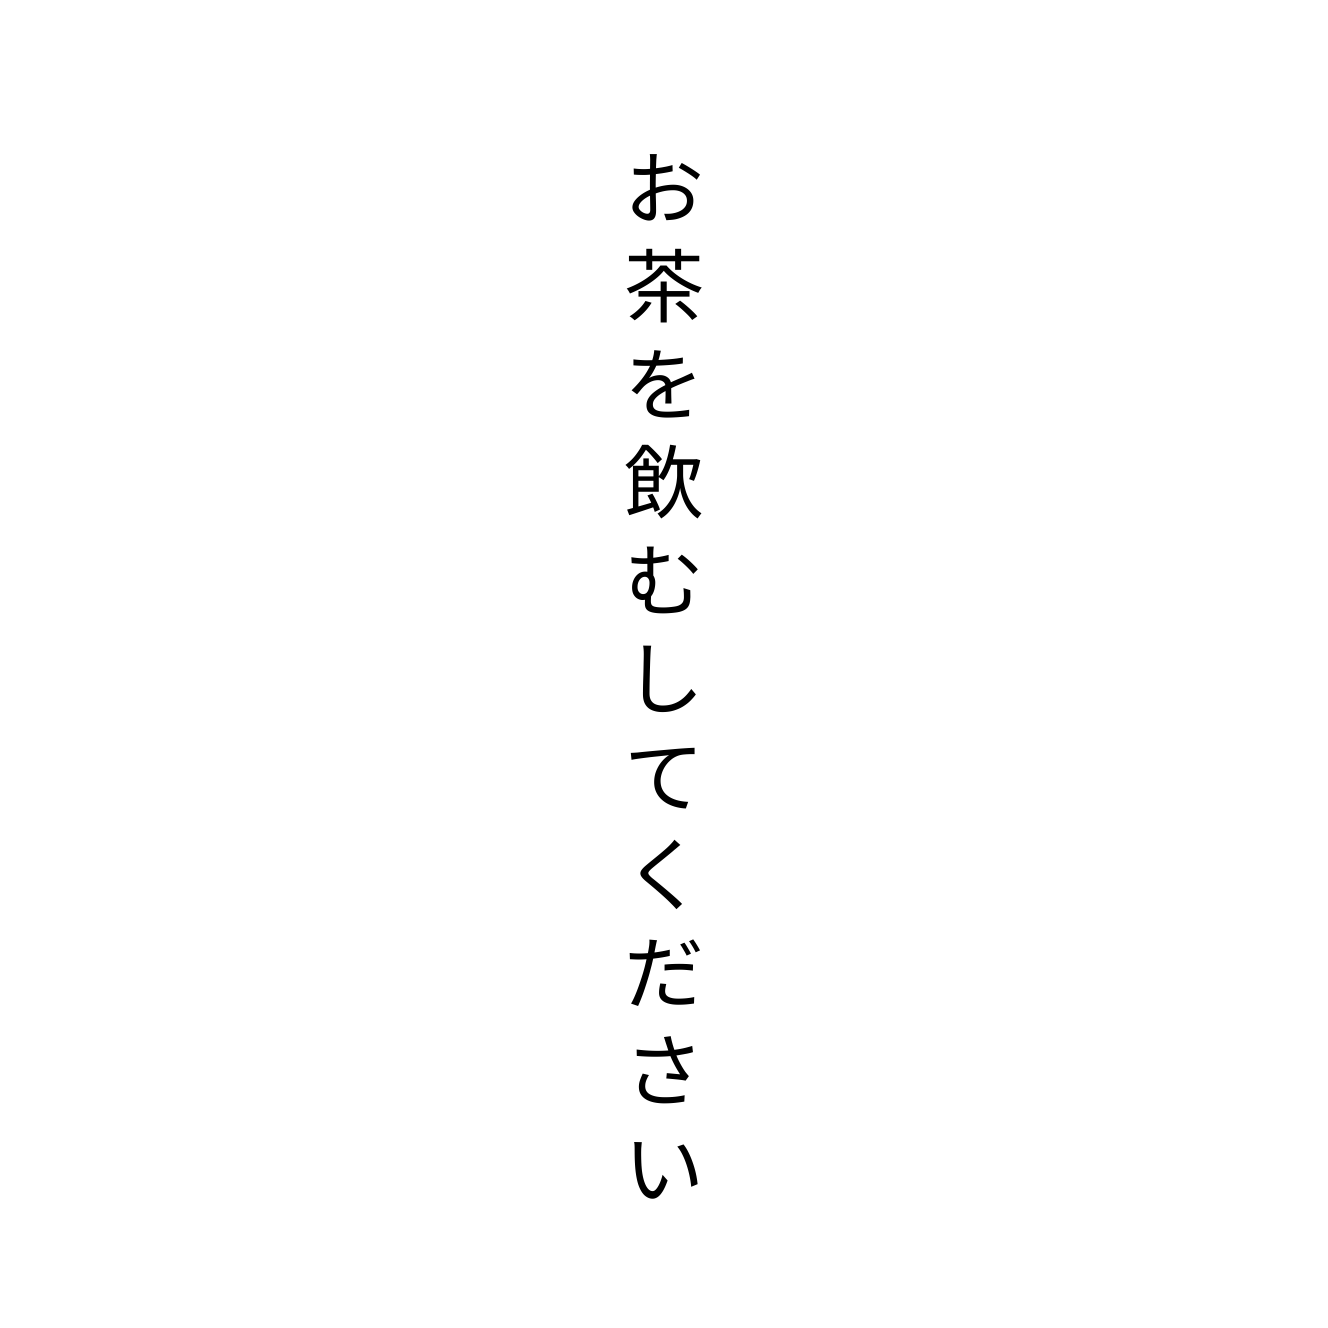
お茶を飲むしてください